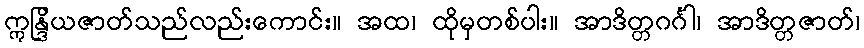
ဣန္ဒြိယဇာတ်သည်လည်းကောင်း။ အထ၊ ထိုမှတစ်ပါး။ အာဒိတ္တဂင်္ဂါ၊ အာဒိတ္တဇာတ်၊